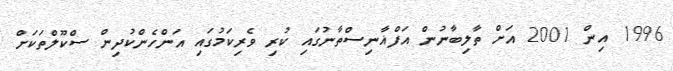
1996 އިން 2001 އަށް ތާލިބާނުން އަފްޣާނިސްތާނުގައި ކުރި ވެރިކަމުގައި އަންހެންކުދިން ސްކޫލްތަކަށް